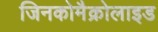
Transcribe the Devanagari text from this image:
जिनकोमैक्रोलाइड